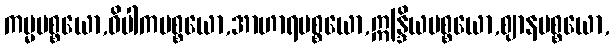
ကမ္မပစ္စယော,ဝိပါကပစ္စယော,အာဟာရပစ္စယော,ဣန္ဒြိယပစ္စယော,ဈာနပစ္စယော,